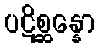
ပဋိစ္ဆန္နော